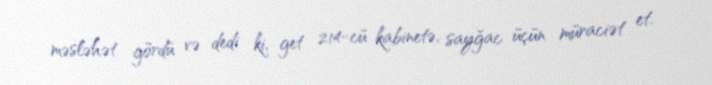
məsləhət gördü və dedi ki, get 214-cü kabinetə, sayğac üçün müraciət et.